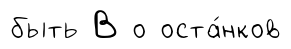
быть В о оста́нков